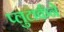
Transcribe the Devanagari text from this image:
प्लुटार्कने